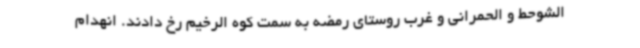
الشوحط و الحمرانی و غرب روستای رمضه به سمت کوه الرخیم رخ دادند. انهدام